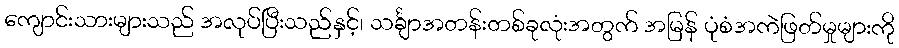
ကျောင်းသားများသည် အလုပ်ပြီးသည်နှင့်၊ သင်္ချာအတန်းတစ်ခုလုံးအတွက် အမြန် ပုံစံအကဲဖြတ်မှုများကို